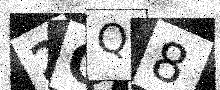
Text: 2QQ8